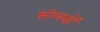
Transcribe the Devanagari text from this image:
सोलवहें